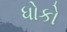
ધોકો